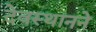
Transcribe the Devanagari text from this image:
देवस्थानने